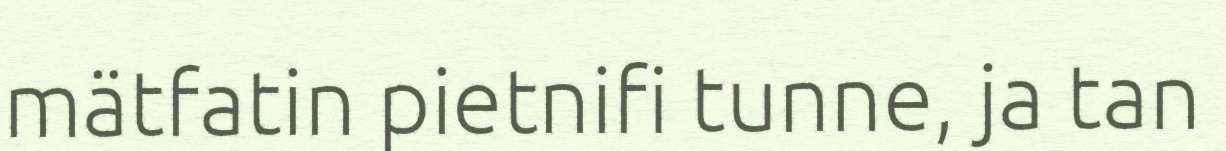
mätfatin pietnifi tunne, ja tan